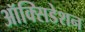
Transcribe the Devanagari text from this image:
ऑक्सिडेशन